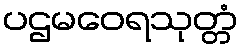
ပဌမဝေရသုတ္တံ